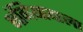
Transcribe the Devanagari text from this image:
भंगियावाला